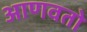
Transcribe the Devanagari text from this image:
आणवतो